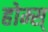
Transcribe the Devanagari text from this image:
होम्स्